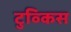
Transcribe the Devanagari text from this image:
टुव्किस